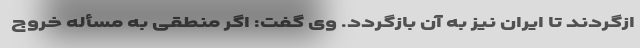
ازگردند تا ایران نیز به آن بازگردد. وی گفت: اگر منطقی به مسأله خروج